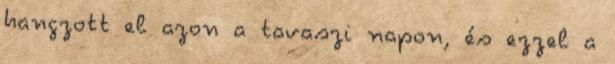
hangzott el azon a tavaszi napon, és ezzel a